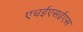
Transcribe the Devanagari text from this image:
एचईएसईएस